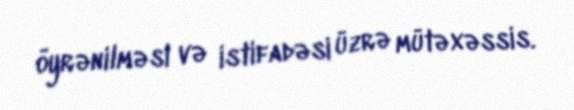
öyrənilməsi və istifadəsi üzrə mütəxəssis.